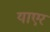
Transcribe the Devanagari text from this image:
याएर